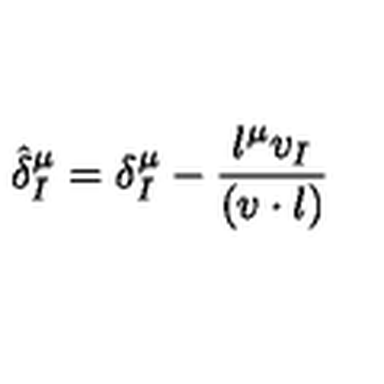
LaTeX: \hat { \delta } _ { I } ^ { \mu } = \delta _ { I } ^ { \mu } - { \frac { l ^ { \mu } v _ { I } } { ( v \cdot l ) } }